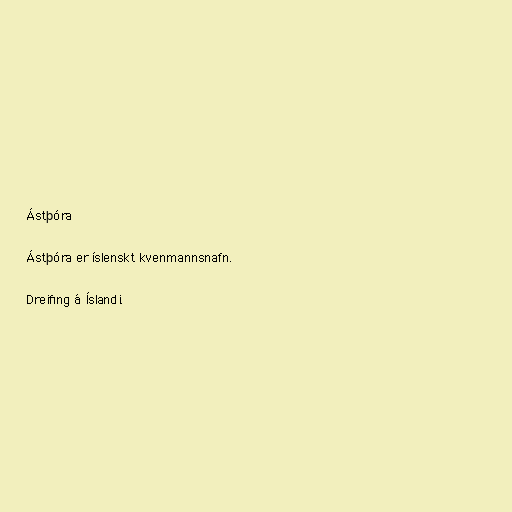
Ástþóra

Ástþóra er íslenskt kvenmannsnafn.

Dreifing á Íslandi.